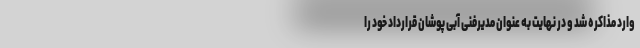
وارد مذاکره شد و در نهایت به عنوان مدیرفنی آبی پوشان قرارداد خود را